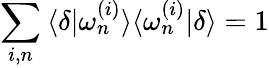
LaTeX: \sum_{i,n}\: \langle\delta|\omega_{n}^{(i)}\rangle\langle\omega_{n}^{(i)}|\delta\rangle=1